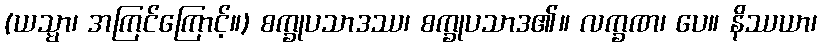
(ယသ္မာ၊ အကြင်ကြောင့်။) စက္ခုပသာဒဿ၊ စက္ခုပသာဒ၏။ လက္ခဏ၊ ပေ။ နိဿယာ၊